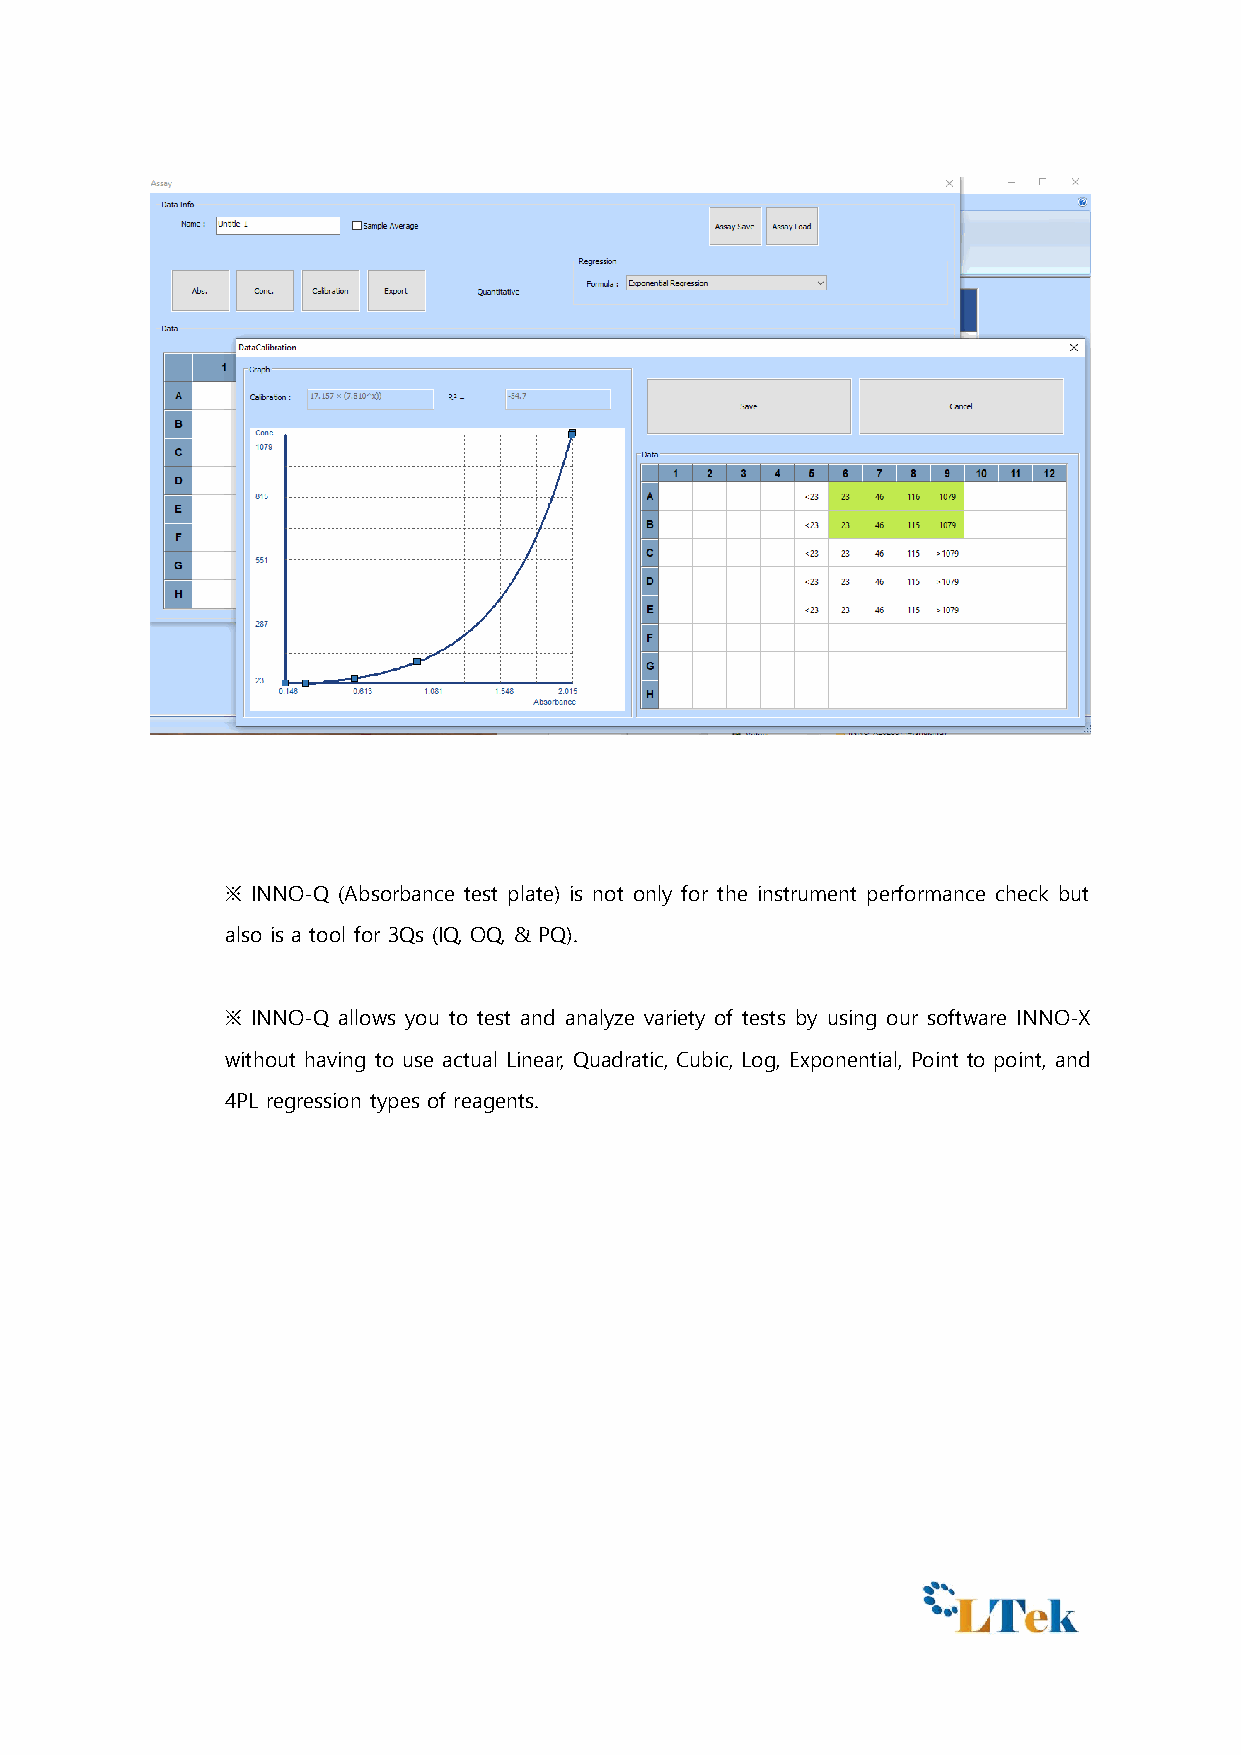
※ INNO-Q (Absorbance test plate) is not only for the instrument performance check but
 also is a tool for 3Qs (IQ, OQ, & PQ).
 ※ INNO-Q allows you to test and analyze variety of tests by using our software INNO-X
 without having to use actual Linear, Quadratic, Cubic, Log, Exponential, Point to point, and
 4PL regression types of reagents.